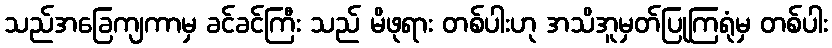
သည်အခြေကျကာမှ ခင်ခင်ကြီး သည် မိဖုရား တစ်ပါးဟု အသိအူမှတ်ပြုကြရုံမှ တစ်ပါး